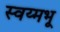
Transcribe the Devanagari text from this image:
स्वय्मभू